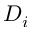
D _ { i }